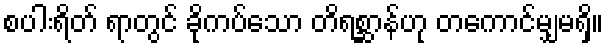
စပါးရိတ် ရာတွင် ခိုကပ်သော တိရစ္ဆာန်ဟု တကောင်မျှမရှိ။